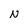
Character: N